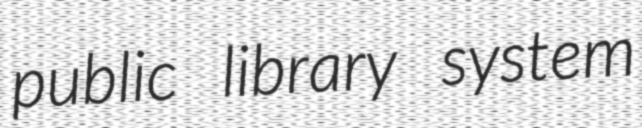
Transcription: public library system